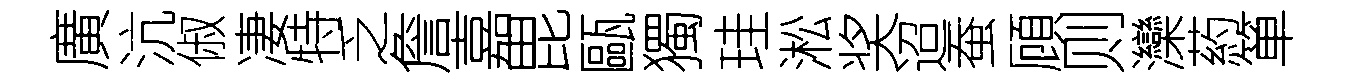
廣沆俶凄特乏詹嘉毘甌獨珪淞奖迢蚕頋则灤葯箪